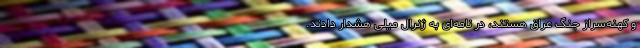
و کهنه‌سراز جنگ عراق هستند، در نامه‌ای به ژنرال میلی هشدار دادند.